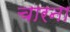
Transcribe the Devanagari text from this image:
चारना